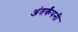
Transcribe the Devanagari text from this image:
अंतर्कंपनी